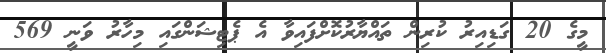
މީގެ 20 ގަޑިއިރު ކުރިން ތައްޔާރުކޮށްފައިވާ އެ ޕެޓިޝަންގައި މިހާރު ވަނީ 569